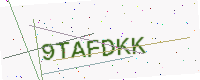
Text: 9TAFDKK